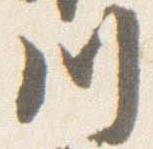
川